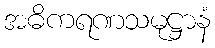
အဓိကရဏသမုဋ္ဌာနံ